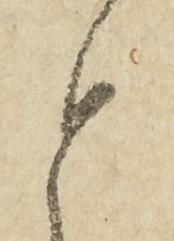
と